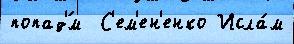
попад'́м  С'ем'ен'енко Исла́м